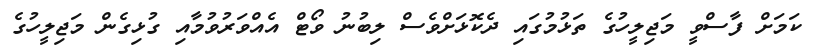
ކަމަށް ފާސްވީ މަޖިލީހުގެ ތަޅުމުގައި ދެކޮޅަށްވެސް ލިބުނު ވޯޓް އެއްވަރުވުމާއި ގުޅިގެން މަޖިލީހުގެ